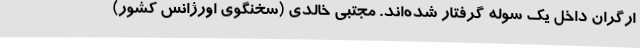
ارگران داخل یک سوله گرفتار شده‌اند. مجتبی خالدی (سخنگوی اورژانس کشور)